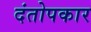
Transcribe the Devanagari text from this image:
दंतोपकार